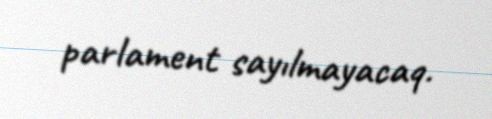
parlament sayılmayacaq.